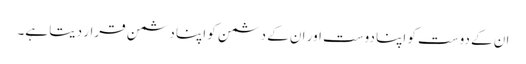
ان کے دوست کو اپنا دوست اور ان کے دشمن کو اپنا دشمن قرار دیتا ہے۔